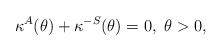
LaTeX: \begin{align*}\kappa^{A}(\theta) + \kappa^{-S}(\theta) = 0,\ \theta>0, \end{align*}